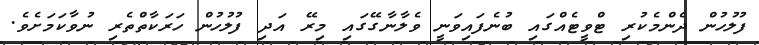
ފުލުހުން ދެންމެކުރި ޓްވީޓެއްގައި ބުނެފައިވަނީ ވެލާނާގޭގައި މިރޭ އަދި ފުލުހުން ހަރަކާތްތެރި ނުވާކަމަށެވެ.